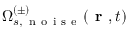
\Omega _ { s , \, \mathrm { ~ n ~ o ~ i ~ s ~ e ~ } } ^ { ( \pm ) } ( \textbf { r } , t )